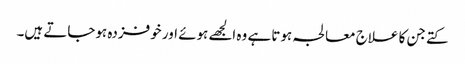
کتے جن کا علاج معالجہ ہوتا ہے وہ الجھے ہوئے اور خوفزدہ ہوجاتے ہیں۔